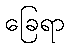
ခြေရာ